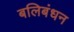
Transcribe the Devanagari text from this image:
बलिबंधन